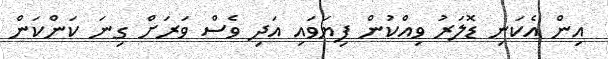
އިން އެކަނި ޑޮލަރު ވިއްކުން ފިޔަވައި އަދި ވެސް ވަރަށް ގިނަ ކަންކަން